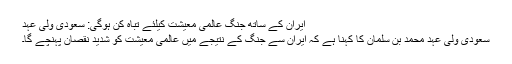
ایران کے ساتھ جنگ عالمی معیشت کیلئے تباہ کن ہوگی: سعودی ولی عہد
سعودی ولی عہد محمد بن سلمان کا کہنا ہے کہ ایران سے جنگ کے نتیجے میں عالمی معیشت کو شدید نقصان پہنچے گا۔